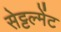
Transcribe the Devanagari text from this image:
सेट्टल्मेंट